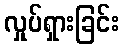
လှုပ်ရှားခြင်း